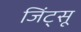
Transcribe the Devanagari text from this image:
जिंट्सू